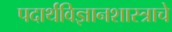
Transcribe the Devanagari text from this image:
पदार्थविज्ञानशास्त्राचे